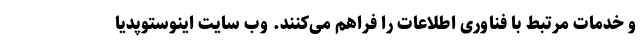
و خدمات مرتبط با فناوری اطلاعات را فراهم می‌کنند. وب سایت اینوستوپدیا